Calcutta medical institutions reports 1879-81 [i.e.91]
Year: 1879
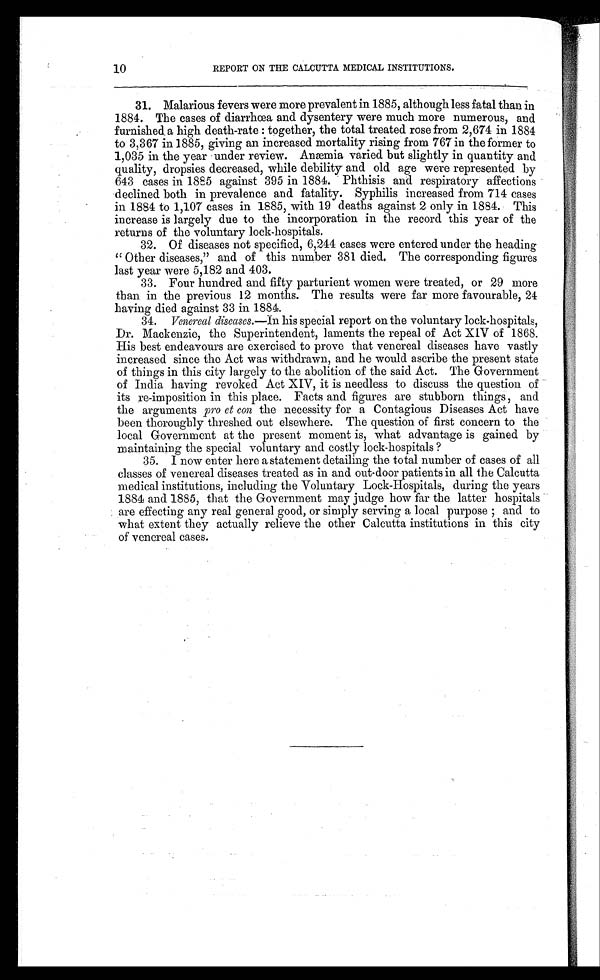
10
REPORT ON THE CALCUTTA MEDICAL INSTITUTIONS.
31. Malarious fevers were more prevalent in 1885, although less fatal than in
1884. The cases of diarrhœa and dysentery were much more numerous, and
furnished a high death-rate : together, the total treated rose from 2,674 in 1884
to 3,367 in 1885, giving an increased mortality rising from 767 in the former to
1,035 in the year under review. Anæmia varied but slightly in quantity and
quality, dropsies decreased, while debility and old age were represented by
643 cases in 1885 against 395 in 1884. Phthisis and respiratory affections
declined both in prevalence and fatality. Syphilis increased from 714 cases
in 1884 to 1,107 cases in 1885, with 19 deaths against 2 only in 1884. This
increase is largely due to the incorporation in the record this year of the
returns of the voluntary lock-hospitals.
32. Of diseases not specified, 6,244 cases were entered under the heading
"Other diseases," and of this number 381 died. The corresponding figures
last year were 5,182 and 403.
33. Four hundred and fifty parturient women were treated, or 29 more
than in the previous 12 months. The results were far more favourable, 24
having died against 33 in 1884.
34.
Venereal diseases. —In his special report on the voluntary lock-hospitals,
Dr. Mackenzie, the Superintendent, laments the repeal of Act XIV of 1868.
His best endeavours are exercised to prove that venereal diseases have vastly
increased since the Act was withdrawn, and he would ascribe the present state
of things in this city largely to the abolition of the said Act. The Government
of India having revoked Act XIV, it is needless to discuss the question of
its re-imposition in this place. Facts and figures are stubborn things, and
the arguments pro et con the necessity for a Contagious Diseases Act have
been thoroughly threshed out elsewhere. The question of first concern to the
local Government at the present moment is, what advantage is gained by
maintaining the special voluntary and costly lock-hospitals ?
35. I now enter here a statement detailing the total number of cases of all
classes of venereal diseases treated as in and out-door patients in all the Calcutta
medical institutions, including the Voluntary Lock-Hospitals, during the years
1884 and 1885, that the Government may judge how far the latter hospitals
are effecting any real general good, or simply serving a local purpose and to
what extent they actually relieve the other Calcutta institutions in this city
of venereal cases.